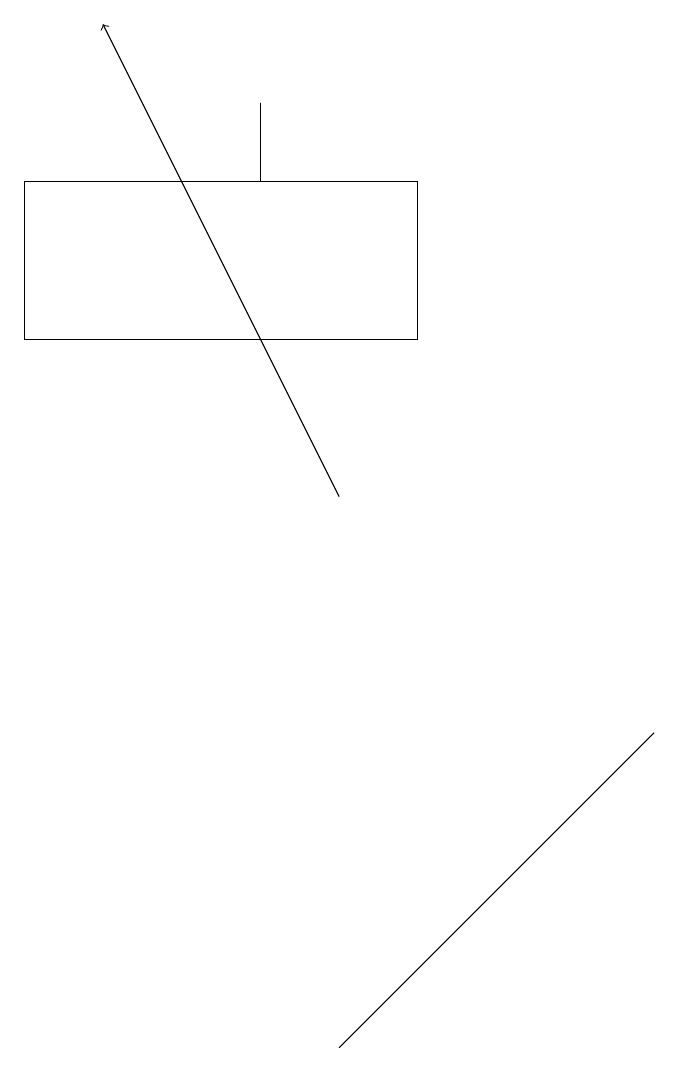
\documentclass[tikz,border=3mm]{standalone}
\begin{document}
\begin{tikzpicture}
\draw (7,7) -- (8,8) -- (4,4) -- cycle;
\draw[->] (4,11) -- (1,17);
\draw (0,15) rectangle (5,13);
\draw (3,15) rectangle (3,16);
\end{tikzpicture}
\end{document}